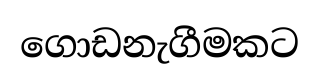
ගොඩනැගීමකට